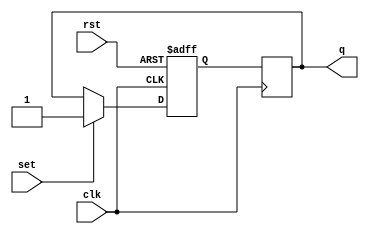
module sr_flip_flop (
    input wire clk,
    input wire rst,
    input wire set,
    output reg q
);

reg q_m; // master flip-flop output
reg q_s; // slave flip-flop output

always @ (posedge clk or posedge rst) begin
    if (rst) begin
        q_m <= 1'b0;
    end else begin
        if (set) begin
            q_m <= 1'b1;
        end else begin
            q_m <= q;
        end
    end
end

always @ (negedge clk) begin
    q_s <= q_m;
end

assign q = q_s;

endmodule